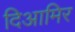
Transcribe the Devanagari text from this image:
दिआमिर